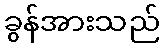
ခွန်အားသည်